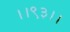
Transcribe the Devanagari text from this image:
।।९३।।